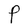
Character: P